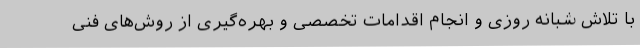
با تلاش شبانه روزی و انجام اقدامات تخصصی و بهره‌گیری از روش‌های فنی